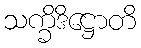
သက္ခိဒိဋ္ဌောတိ